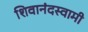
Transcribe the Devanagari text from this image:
शिवानंदस्वामी